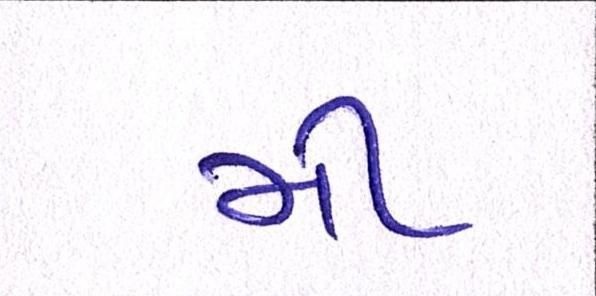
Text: મી